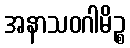
အနာသဝဂါမိဉ္စ